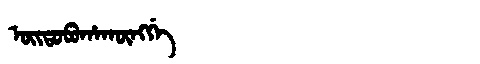
Manchu: ᠣᡳᡨᠣᠪᡠᡥᠠᡴᡡᠩᡤᡝ
Romanization: OITOBUHAKŪNGGE